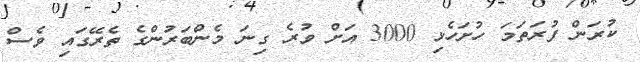
ކުރަން ފުރަތަމަ ހުށަހެޅި 3000 އަށް ވުރެ ގިނަ މެންބަރުންގެ ތެރޭގައި ވެސް